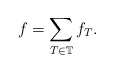
\begin{align*} f = \sum_{T \in \mathbb T} f_T.\end{align*}